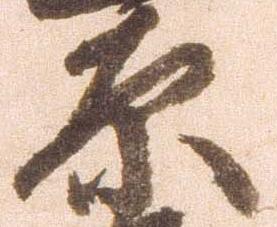
原